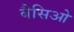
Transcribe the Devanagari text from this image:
बैसिओ